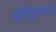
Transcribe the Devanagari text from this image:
त्रिशूलाला